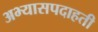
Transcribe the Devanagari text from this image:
अभ्यासपदाहती